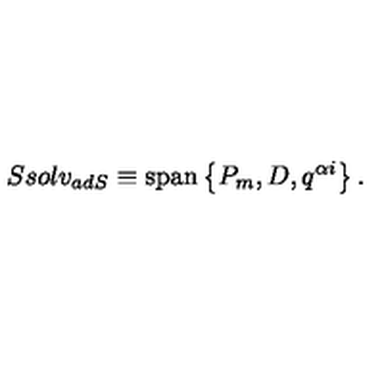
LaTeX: S s o l v _ { a d S } \equiv \mathrm { s p a n } \left\{ P _ { m } , D , q ^ { \alpha i } \right\} .